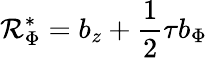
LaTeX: {\cal R}_{\Phi}^{*}=b_{z}+\frac{1}{2}\tau b_{\Phi}